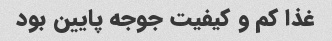
غذا کم و کیفیت جوجه پایین بود